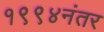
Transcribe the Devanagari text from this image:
१९९४नंतर